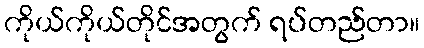
ကိုယ်ကိုယ်တိုင်အတွက် ရပ်တည်တာ။